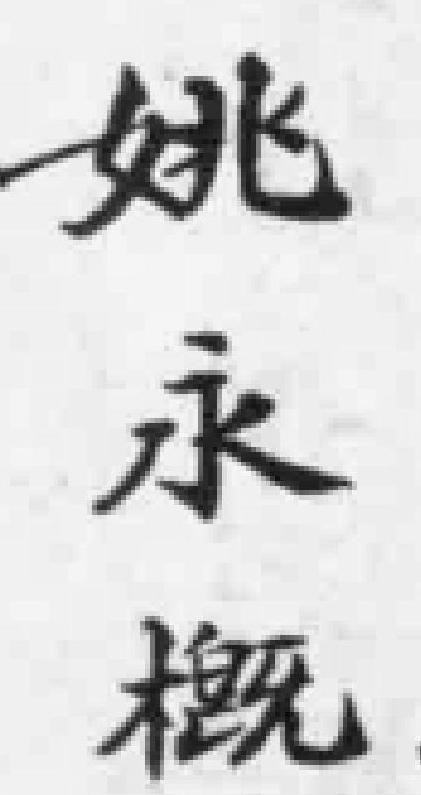
姚永概